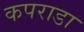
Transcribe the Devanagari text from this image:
कपराडा